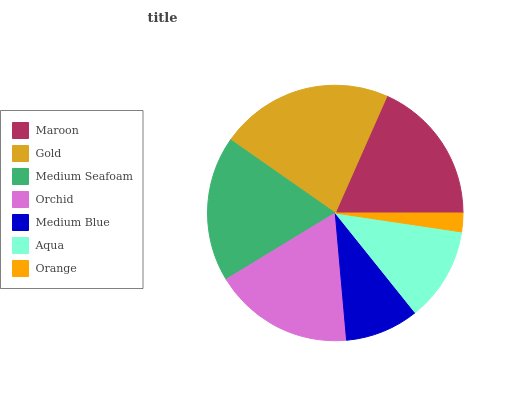
| Maroon | Gold | Medium Seafoam | Orchid | Medium Blue | Aqua | Orange |
 | --- | --- | --- | --- | --- | --- | --- |
 | 18.3% | 22% | 18.5% | 17.7% | 9.34% | 11.9% | 2.36% |